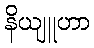
နိယျူဟာ